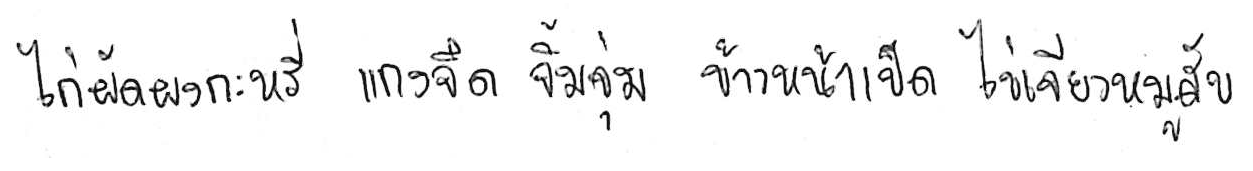
ไก่ผัดผงกะหรี่ แกงจืด จิ้มจุ่ม ข้าวหน้าเป็ด ไข่เจียวหมูสับ